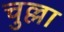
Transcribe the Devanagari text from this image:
चुल्ला